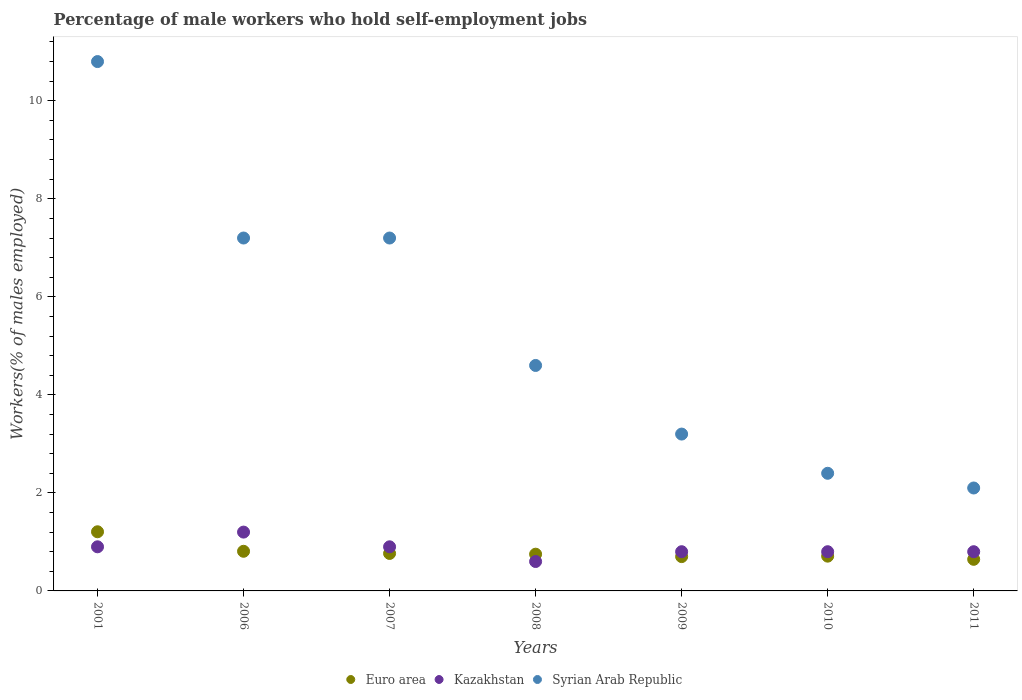
| Years | Euro area | Kazakhstan | Syrian Arab Republic |
 | --- | --- | --- | --- |
 | 2001 | 1.21 | 0.9 | 10.8 |
 | 2006 | 0.809 | 1.2 | 7.2 |
 | 2007 | 0.764 | 0.9 | 7.2 |
 | 2008 | 0.749 | 0.6 | 4.6 |
 | 2009 | 0.7 | 0.8 | 3.2 |
 | 2010 | 0.709 | 0.8 | 2.4 |
 | 2011 | 0.645 | 0.8 | 2.1 |